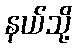
နယ်သို့